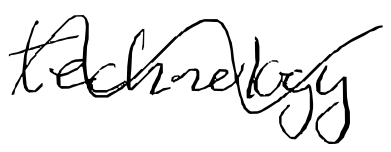
Text: technology
Cross-out: wave
Writing tool: digital_black